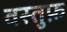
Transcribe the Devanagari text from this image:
वस्तुफ़